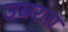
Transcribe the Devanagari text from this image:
उबरता